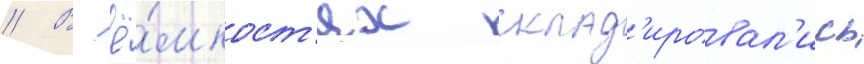
// В ё́мкост'ях склад'ировал'ись